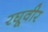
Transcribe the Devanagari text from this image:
रघूवीर